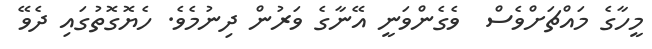
މީހާގެ މައްޗަށްވެސް  ވެގެންވަނީ އޭނާގެ ވަރުން ދިނުމެވެ. ހެޔޮގޮތުގައި ދެވޭ